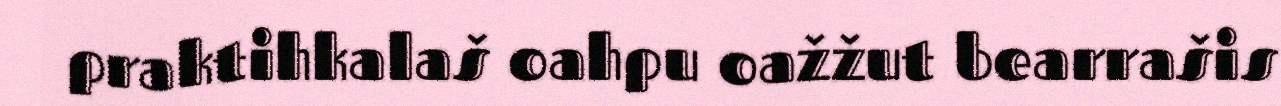
praktihkalaš oahpu oažžut bearrašis